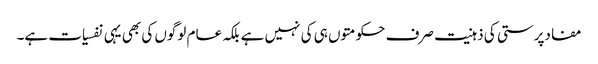
مفادپرستی کی ذہنیت صرف حکومتوں ہی کی نہیں ہے بلکہ عام لوگوں کی بھی یہی نفسیات ہے۔